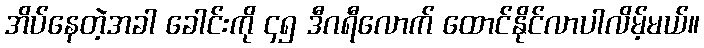
အိပ်နေတဲ့အခါ ခေါင်းကို ၄၅ ဒီဂရီလောက် ထောင်နိုင်လာပါလိမ့်မယ်။